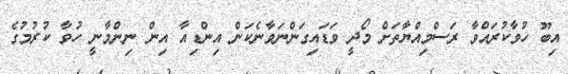
އިބޫ ހުވާކުރައްވާ ރަސްމިއްޔާތަށް މޯދީ ވަޑައިގަންނަވާނެކަން އިންޑިއާ އިން ނިންމާނީ ހުވާ ކުރުމުގެ